Plague in India, 1896, 1897 - Volume 2
Year: 1896
Disease focus: Plague
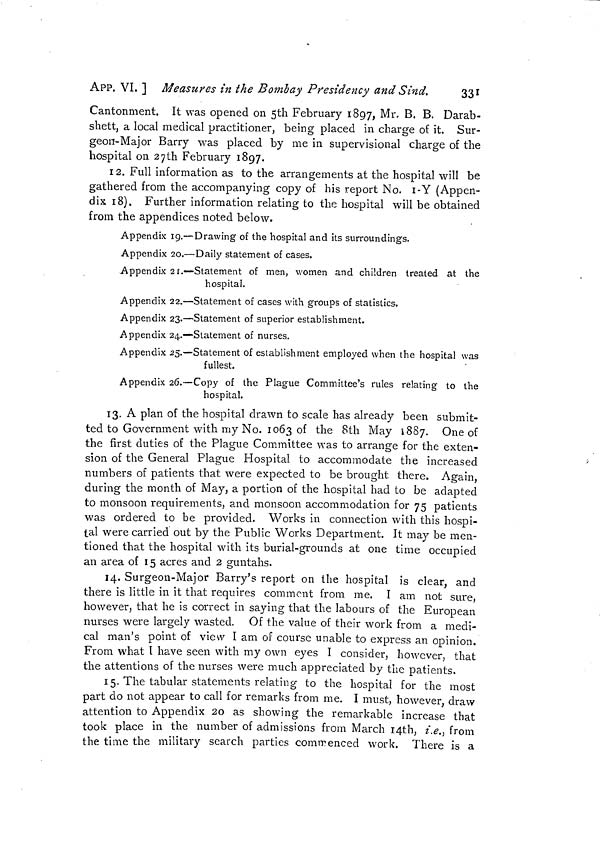
APP. VI. ] Measures in the Bombay Presidency and Sind.
S3*
Cantonment. It was opened on 5th February 1897, Mr, B. B. Darab-
shett, a local medical practitioner, being placed in charge of it. Sur-
geon-Major Barry was placed by me in supervisional charge of the
hospital on 27th February 1897.
12. Full information as to the arrangements at the hospital will be
gathered from the accompanying copy of his report No. 1-Y (Appen-
dix 18). Further information relating to the hospital will be obtained
from the appendices noted below.
Appendix 19.—Drawing of the hospital and its surroundings.
Appendix 20.—Daily statement of cases.
Appendix 21.—Statement of men, women and children treated at the
hospital.
Appendix 22.—Statement of cases with groups of statistics.
Appendix 23.—Statement of superior establishment.
Appendix 24.—Statement of nurses.
Appendix 25.—Statement of establishment employed when the hospital was
fullest.
Appendix 26.—Copy of the Plague Committee's rules relating to the
hospital.
13. A plan of the hospital drawn to scale has already been submit-
ted to Government with my No. 1063 of the 8th May 1887. One of
the first duties of the Plague Committee was to arrange for the exten-
sion of the General Plague Hospital to accommodate the increased
numbers of patients that were expected to be brought there. Again,
during the month of May, a portion of the hospital had to be adapted
to monsoon requirements, and monsoon accommodation for 75 patients
was ordered to be provided. Works in connection with this hospi-
tal were carried out by the Public Works Department. It may be men-
tioned that the hospital with its burial-grounds at one time occupied
an area of 15 acres and 2 guntahs.
14. Surgeon-Major Barry's report on the hospital is clear, and
there is little in it that requires comment from me. I am not sure,
however, that he is correct in saying that the labours of the European
nurses were largely wasted. Of the value of their work from a medi-
cal man's point of view I am of course unable to express an opinion.
From what I have seen with my own eyes I consider, however, that
the attentions of the nurses were much appreciated by the patients.
15. The tabular statements relating to the hospital for the most
part do not appear to call for remarks from me. I must, however, draw
attention to Appendix 20 as showing the remarkable increase that
took place in the number of admissions from March 14th, i.e., from
the time the military search parties commenced work. There is a